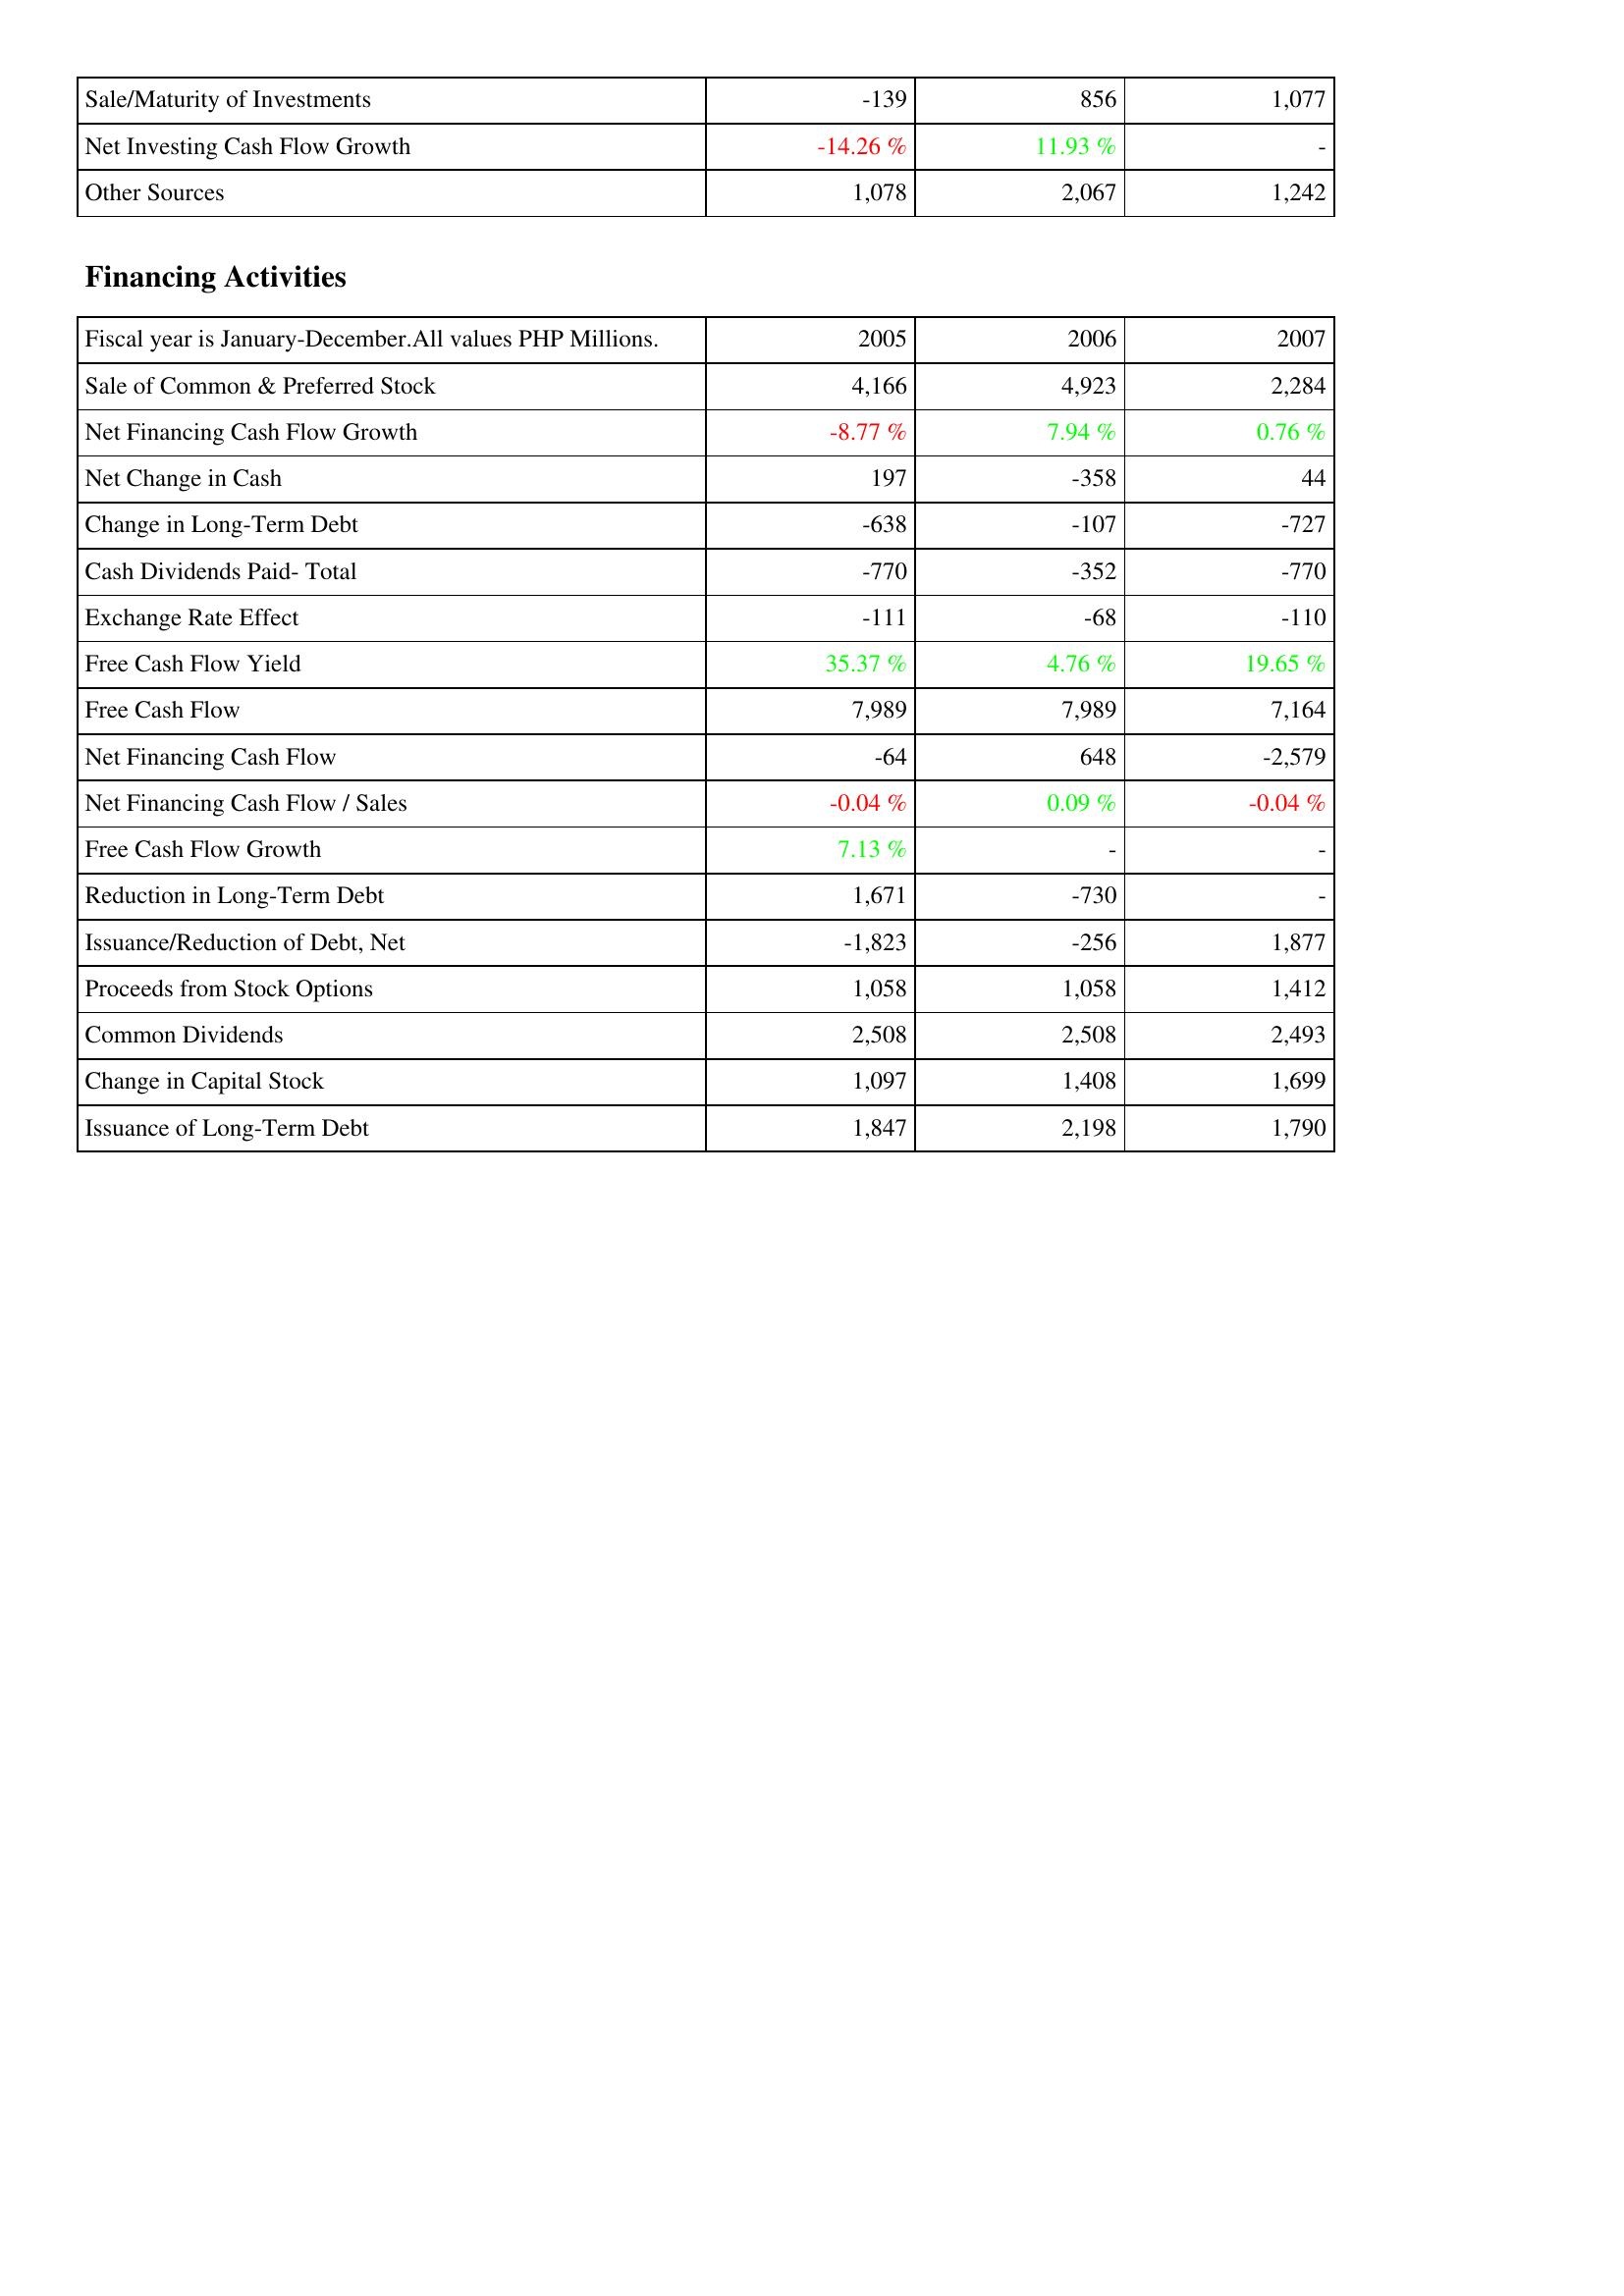
2005: Investing Activities: Sale/Maturity of Investments: -139
Net Investing Cash Flow Growth: -14.26 %
Other Sources: 1,078
Financing Activities: Sale of Common & Preferred Stock: 4,166
Net Financing Cash Flow Growth: -8.77 %
Net Change in Cash: 197
Change in Long-Term Debt: -638
Cash Dividends Paid- Total: -770
Exchange Rate Effect: -111
Free Cash Flow Yield: 35.37 %
Free Cash Flow: 7,989
Net Financing Cash Flow: -64
Net Financing Cash Flow / Sales: -0.04 %
Free Cash Flow Growth: 7.13 %
Reduction in Long-Term Debt: 1,671
Issuance/Reduction of Debt, Net: -1,823
Proceeds from Stock Options: 1,058
Common Dividends: 2,508
Change in Capital Stock: 1,097
Issuance of Long-Term Debt: 1,847
2006: Investing Activities: Sale/Maturity of Investments: 856
Net Investing Cash Flow Growth: 11.93 %
Other Sources: 2,067
Financing Activities: Sale of Common & Preferred Stock: 4,923
Net Financing Cash Flow Growth: 7.94 %
Net Change in Cash: -358
Change in Long-Term Debt: -107
Cash Dividends Paid- Total: -352
Exchange Rate Effect: -68
Free Cash Flow Yield: 4.76 %
Free Cash Flow: 7,989
Net Financing Cash Flow: 648
Net Financing Cash Flow / Sales: 0.09 %
Free Cash Flow Growth: -
Reduction in Long-Term Debt: -730
Issuance/Reduction of Debt, Net: -256
Proceeds from Stock Options: 1,058
Common Dividends: 2,508
Change in Capital Stock: 1,408
Issuance of Long-Term Debt: 2,198
2007: Investing Activities: Sale/Maturity of Investments: 1,077
Net Investing Cash Flow Growth: -
Other Sources: 1,242
Financing Activities: Sale of Common & Preferred Stock: 2,284
Net Financing Cash Flow Growth: 0.76 %
Net Change in Cash: 44
Change in Long-Term Debt: -727
Cash Dividends Paid- Total: -770
Exchange Rate Effect: -110
Free Cash Flow Yield: 19.65 %
Free Cash Flow: 7,164
Net Financing Cash Flow: -2,579
Net Financing Cash Flow / Sales: -0.04 %
Free Cash Flow Growth: -
Reduction in Long-Term Debt: -
Issuance/Reduction of Debt, Net: 1,877
Proceeds from Stock Options: 1,412
Common Dividends: 2,493
Change in Capital Stock: 1,699
Issuance of Long-Term Debt: 1,790